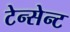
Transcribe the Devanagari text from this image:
टेन्सेन्ट